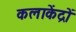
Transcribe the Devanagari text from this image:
कलाकेंद्रों